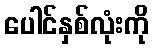
ပေါင်နှစ်လုံးကို